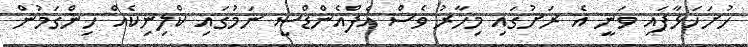
ހުށަހަޅާފައި ވަނީ އެ ރަށުގައި މިހާރު ވެސް އެފްއެންޑްސީ ނަމުގައި ކްލިނިކެއް ހިންގަމުން